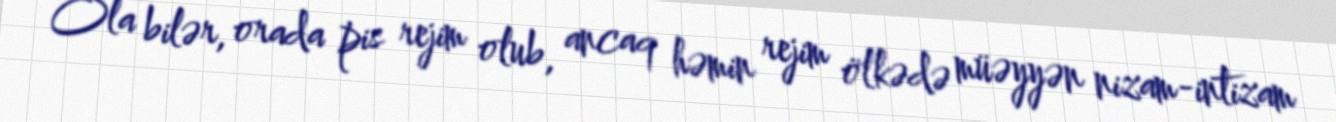
Ola bilər, orada pis rejim olub, ancaq həmin rejim ölkədə müəyyən nizam-intizam